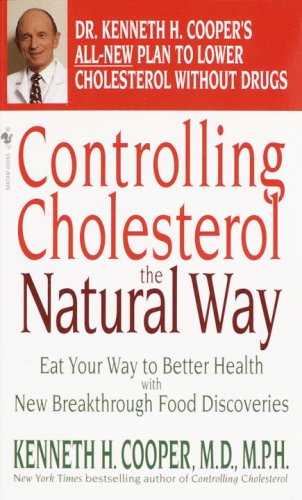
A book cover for Controlling Cholesterol the Natural Way: Eat Your Way to Better Health with New Breakthrough Food Discoveries; Kenneth H. Cooper; Cookbooks, Food & Wine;